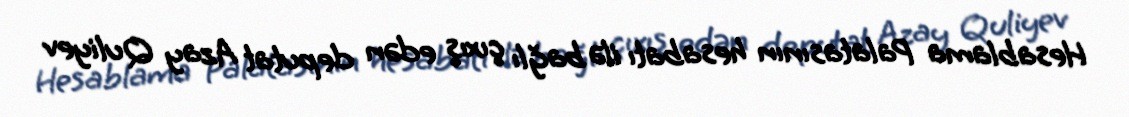
Hesablama Palatasının hesabatı ilə bağlı çıxış edən deputat Azay Quliyev